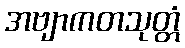
အဗျာကတသုတ္တံ